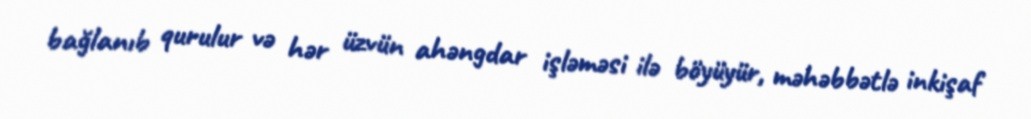
bağlanıb qurulur və hər üzvün ahəngdar işləməsi ilə böyüyür, məhəbbətlə inkişaf